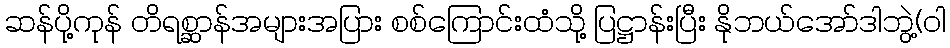
ဆန်ပို့ကုန် တိရစ္ဆာန်အများအပြား စစ်ကြောင်းထံသို့ ပြဋ္ဌာန်းပြီး နိုဘယ်အော်ဒါဘွဲ့(ဝါ